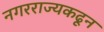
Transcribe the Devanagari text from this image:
नगरराज्यकढून